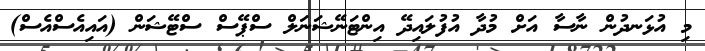
މި އުޅަނދުން ނާސާ އަށް މުދާ އުފުލައިދޭ އިންޓަނޭޝަނަލް ސްޕޭސް ސްޓޭޝަން (އައިއެސްއެސް)